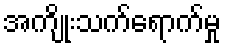
အကျိုးသက်ရောက်မှု